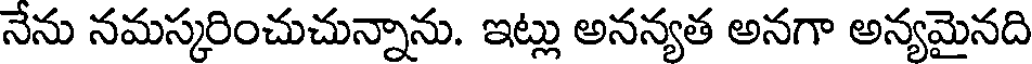
నేను నమస్కరించుచున్నాను. ఇట్లు అనన్యత అనగా అన్యమైనది